Account of plague administration in the Bombay Presidency from September 1896 till May 1897
Year: 1896
Disease focus: Plague
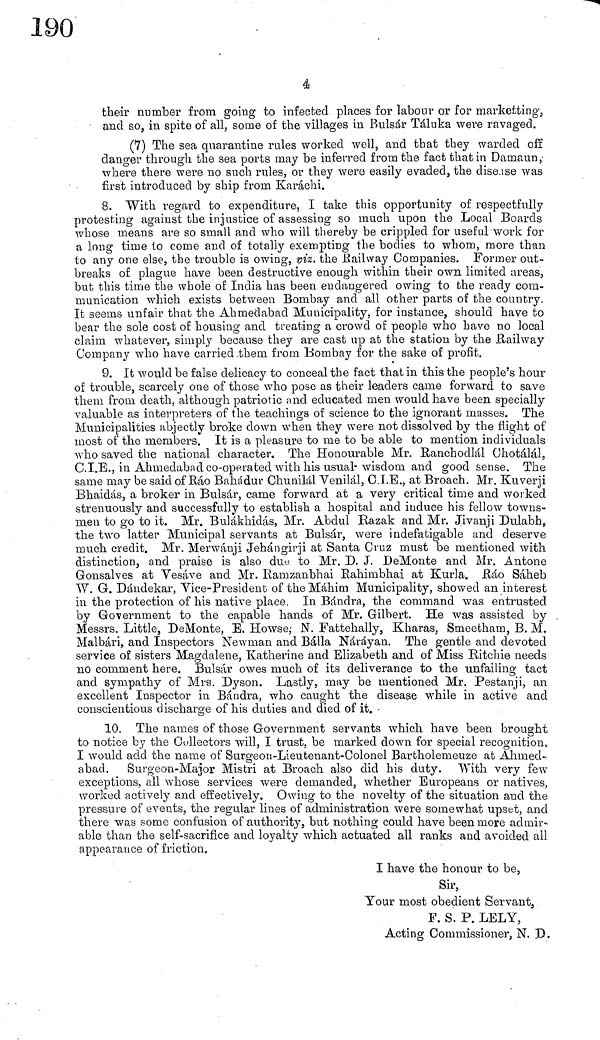
4
their number from going to infected places for labour or for marketing-,
and so, in spite of all, some of the "villages in Bulsár Táluka were ravaged.
(7) The sea quarantine rules worked well, and that they warded off
danger through the sea ports may be inferred from the fact that in Damaun,
where there were no such rules, or they were easily evaded, the disease was
first introduced by ship from Karachi.
8. "With regard to expenditure, I take this opportunity of respectfully
protesting against the injustice of assessing so much upon the Local Boards
whose means are so small and who will thereby be crippled for useful work for
a long time to come and of totally exempting the bodies to whom, more than
to any one else, the trouble is owing, viz. the Railway Companies. Former out-
breaks of plague have been destructive enough within their own limited areas,
but this time the whole of India has been endangered owing to the ready com-
munication which exists between Bombay and all other parts of the country,
It seems unfair that the Ahmedabad Municipality, for instance, should have to
bear the sole cost of housing and treating a crowd of people who have no local
claim whatever, simply because they are cast up at the station by the Railway
Company who have carried .them from Bombay for the sake of profit.
9. It would be false delicacy to conceal the fact that in this the people's hour
of trouble, scarcely one of those who pose as their leaders came forward to save
them from death, although patriotic and educated men would have been specially
valuable as interpreters of the teachings of science to the ignorant masses. The
Municipalities abjectly broke down when they were not dissolved by the flight of
most of the members. It is a pleasure to me to be able to mention individuals
who saved the national character. The Honourable Mr. Ranchodlál Chotálál,
C.I.E., in Ahmedabad co-operated with his usual· wisdom and good sense. The
same may be said of Ráo Bahádur Chunilál Venilál, C.I.E., at Broach. Mr. Kuverji
Bhaidás, a broker in Bulsár, came forward at a very critical time and worked
strenuously and successfully to establish a hospital and induce his fellow towns-
men to go to it. Mr. Bulákhidás, Mr. Abdul Razak and Mr. Jivanji Dialabh,
the two latter Municipal servants at Bulsár, were indefatigable and deserve
much credit. Mr. Merwáuji Jehángirji at Santa Cruz must be mentioned with
distinction, and praise is also du« to Mr. D. J. DeMonte and Mr. Antone
Gonsalves at Vesáve and Mr. Ramzanbhai Rahimbhai at Kurla. Ráo Sáheb
W. G. Dándekar, Vice-President of the Máhim Municipality, showed an interest
in the protection of his native place. In Bándra, the command was entrusted
by Government to the capable hands of Mr. Gilbert. He was assisted by
Messrs. Little, DeMonte, E. Howse; N. Fattehally, Kharas, Smeetham, B. M.
Malbári, and Inspectors Newman and Baila Náráyan. The gentle and devoted
service of sisters Magdalene, Katherine and Elizabeth and of Miss Ritchie needs
no comment here, Bulsár owes much of its deliverance to the unfailing tact
and sympathy of Mrs. Dyson. Lastly, may be mentioned Mr. Pestanji, an
excellent Inspector in Bándra, who caught the disease while in active and
conscientious discharge of his duties and died of it.
10. The names of those Government servants which have been brought
to notice by the Collectors will, I trust, be marked clown for special recognition,
I would add the naine of Surgeon-Lieutenant-Colonel Bartholemeuze at Ahmed-
abad. Surgeon-Major Mistri at Broach also did his duty. With very few
exceptions, all whose services were demanded, whether Europeans or natives,
worked actively and effectively. Owing to the novelty of the situation and the
pressure of events, the regular lines of administration were somewhat upset, and
there was some confusion of authority, but nothing could have been more admir-
able than the self-sacrifice and loyalty which actuated all ranks and avoided all
appearance of friction,
I have the honour to be,
Sir,
Your most obedient Servant,
F. S. P. LELY,
Acting Commissioner, N, IX